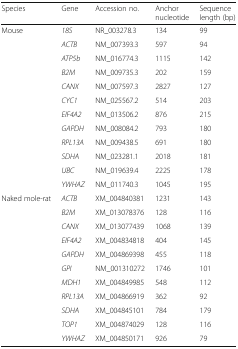
<table><thead><tr><td><b>Species</b></td><td><b>Gene</b></td><td><b>Accession no.</b></td><td><b>Anchor nucleotide</b></td><td><b>Sequence length (bp)</b></td></tr></thead><tbody><tr><td>Mouse</td><td><i>18S</i></td><td>NR_003278.3</td><td>134</td><td>99</td></tr><tr><td></td><td><i>ACTB</i></td><td>NM_007393.3</td><td>597</td><td>94</td></tr><tr><td></td><td><i>ATP5b</i></td><td>NM_016774.3</td><td>1115</td><td>142</td></tr><tr><td></td><td><i>B2M</i></td><td>NM_009735.3</td><td>202</td><td>159</td></tr><tr><td></td><td><i>CANX</i></td><td>NM_007597.3</td><td>2827</td><td>127</td></tr><tr><td></td><td><i>CYC1</i></td><td>NM_025567.2</td><td>514</td><td>203</td></tr><tr><td></td><td><i>EIF4A2</i></td><td>NM_013506.2</td><td>876</td><td>215</td></tr><tr><td></td><td><i>GAPDH</i></td><td>NM_008084.2</td><td>793</td><td>180</td></tr><tr><td></td><td><i>RPL13A</i></td><td>NM_009438.5</td><td>691</td><td>180</td></tr><tr><td></td><td><i>SDHA</i></td><td>NM_023281.1</td><td>2018</td><td>181</td></tr><tr><td></td><td><i>UBC</i></td><td>NM_019639.4</td><td>2225</td><td>178</td></tr><tr><td></td><td><i>YWHAZ</i></td><td>NM_011740.3</td><td>1045</td><td>195</td></tr><tr><td>Naked mole-rat</td><td><i>ACTB</i></td><td>XM_004840381</td><td>1231</td><td>143</td></tr><tr><td></td><td><i>B2M</i></td><td>XM_013078376</td><td>128</td><td>116</td></tr><tr><td></td><td><i>CANX</i></td><td>XM_013077439</td><td>1068</td><td>139</td></tr><tr><td></td><td><i>EIF4A2</i></td><td>XM_004834818</td><td>404</td><td>145</td></tr><tr><td></td><td><i>GAPDH</i></td><td>XM_004869398</td><td>455</td><td>118</td></tr><tr><td></td><td><i>GPI</i></td><td>NM_001310272</td><td>1746</td><td>101</td></tr><tr><td></td><td><i>MDH1</i></td><td>XM_004849985</td><td>548</td><td>112</td></tr><tr><td></td><td><i>RPL13A</i></td><td>XM_004866919</td><td>362</td><td>92</td></tr><tr><td></td><td><i>SDHA</i></td><td>XM_004845101</td><td>784</td><td>179</td></tr><tr><td></td><td><i>TOP1</i></td><td>XM_004874029</td><td>128</td><td>116</td></tr><tr><td></td><td><i>YWHAZ</i></td><td>XM_004850171</td><td>926</td><td>79</td></tr></tbody></table>